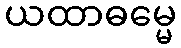
ယထာဓမ္မေ